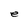
Character: e